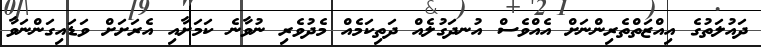
ދައުލަތުގެ އިއްޒަތްތެރިންނަށް އެއްވެސް އުނދަގުލެއް ދަތިކަމެއް މެދުވެރި ނުވާނެ ކަމަށާއި އެރަށަށް ވަޑައިގަންނަވާ